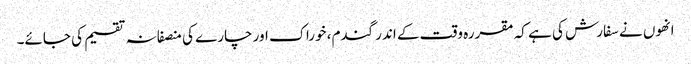
انھوں نے سفارش کی ہے کہ مقررہ وقت کے اندر گندم، خوراک اور چارے کی منصفانہ تقسیم کی جائے۔